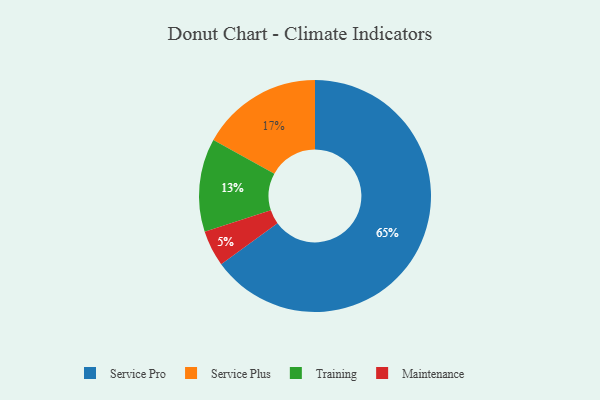
{"axis": {"x": "Category", "y": "Percentage"}, "legend": ["Maintenance", "Service Plus", "Service Pro", "Training"], "data": [{"x": "Maintenance", "y": 5, "type": "Maintenance"}, {"x": "Service Pro", "y": 65, "type": "Service Pro"}, {"x": "Service Plus", "y": 17, "type": "Service Plus"}, {"x": "Training", "y": 13, "type": "Training"}]}